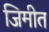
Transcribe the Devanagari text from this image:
जिमीत